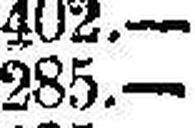
285.—